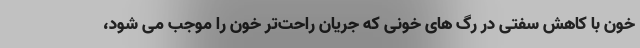
خون با کاهش سفتی در رگ های خونی که جریان راحت‌تر خون را موجب می شود،